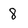
Character: 8